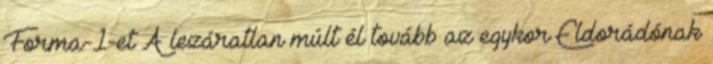
Forma-1-et A lezáratlan múlt él tovább az egykor Eldorádónak